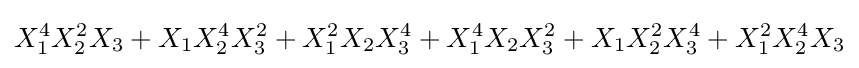
X_{1}^{4}X_{2}^{2}X_{3}+X_{1}X_{2}^{4}X_{3}^{2}+X_{1}^{2}X_{2}X_{3}^{4}+X_{1}^{4}X_{2}X_{3}^{2}+X_{1}X_{2}^{2}X_{3}^{4}+X_{1}^{2}X_{2}^{4}X_{3}